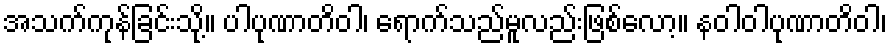
အသက်ကုန်ခြင်းသို့။ ပါပုဏာတိဝါ၊ ရောက်သည်မူလည်းဖြစ်လော့။ နဝါဝါပုဏာတိဝါ၊